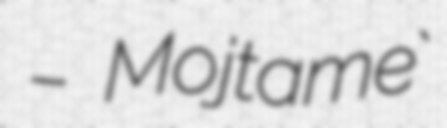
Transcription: شهيدمطهري –  Mojtame`